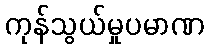
ကုန်သွယ်မှုပမာဏ